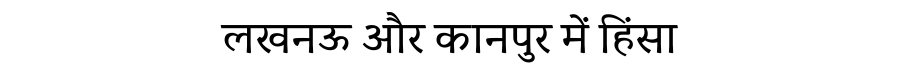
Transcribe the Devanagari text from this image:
लखनऊ और कानपुर में हिंसा